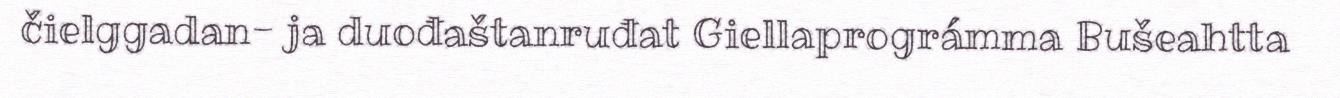
čielggadan- ja duođaštanruđat Giellaprográmma Bušeahtta